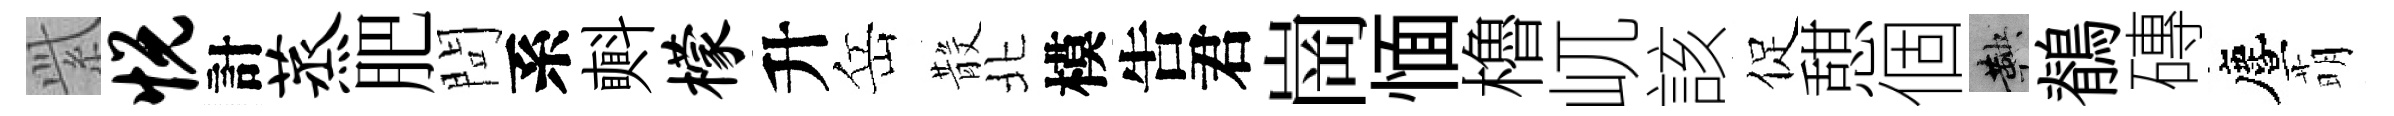
𬗋悦計蒸肥問系㪺檬升岳𣪚北模吿君崗愐櫓屼該促憇個鞅鶺磚󵨌萌